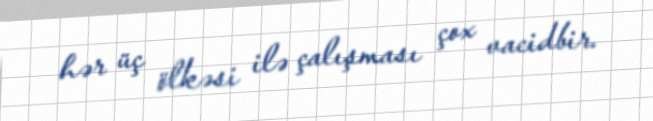
hər üç ölkəsi ilə çalışması çox vacidbir.